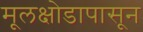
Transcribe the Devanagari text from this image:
मूलक्षोडापासून